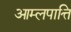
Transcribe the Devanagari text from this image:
आम्लपात्ति